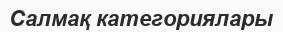
Салмақ категориялары